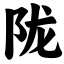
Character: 陇